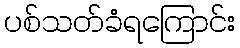
ပစ်သတ်ခံရကြောင်း